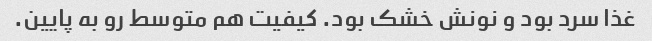
غذا سرد بود و نونش خشک بود. کیفیت هم متوسط رو به پایین.